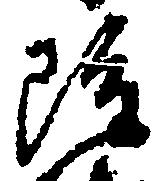
雖